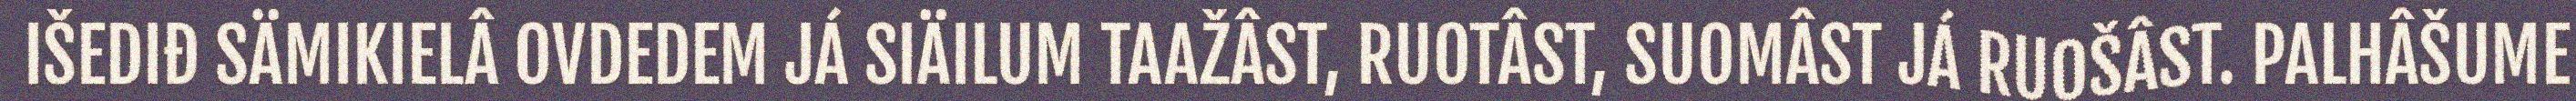
IŠEDIĐ SÄMIKIELÂ OVDEDEM JÁ SIÄILUM TAAŽÂST, RUOTÂST, SUOMÂST JÁ RUOŠÂST. PALHÂŠUME